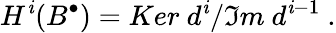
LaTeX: H^{\mathit{i}}(B^{\bullet})={Ker\ d^{\mathit{i}}}/{\mathfrak{I}m\ d^{\mathit{i}-1}}\ .